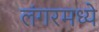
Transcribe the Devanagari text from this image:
लंगरमध्ये